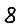
Digit: 8